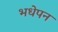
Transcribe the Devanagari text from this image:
भधेपन